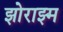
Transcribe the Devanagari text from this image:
झोराझ्म